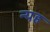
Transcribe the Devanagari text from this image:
न्यह